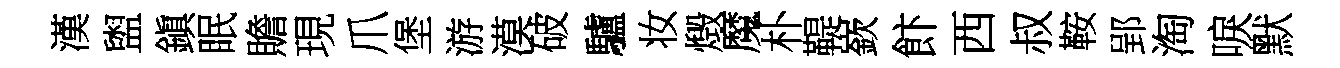
漢盥鎭眠贍現爪堡游漠破驢妆燬魔朴鞮嶔飰西叔鞍郢淘唳默